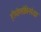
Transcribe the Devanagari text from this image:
हीमोग्लोबिनपेक्षा